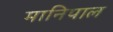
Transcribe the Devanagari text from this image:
मानिपाल